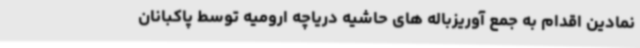
نمادین اقدام به جمع آوریزباله های حاشیه دریاچه ارومیه توسط پاکبانان